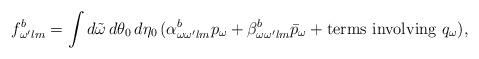
LaTeX: \begin{align*}f^{b}_{\omega' lm}= \int d\tilde{\omega}\, d\theta_0\, d\eta_0\,(\alpha^{b}_{\omega \omega' lm} p_\omega + \beta^{b}_{\omega \omega' lm}\bar{p}_\omega + \mbox{terms involving }q_\omega),\end{align*}